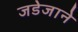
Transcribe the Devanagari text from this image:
जडेजाने